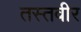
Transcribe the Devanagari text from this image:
तस्तवीर